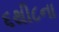
૬થી૮ના